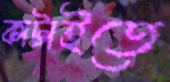
কাটাইতে